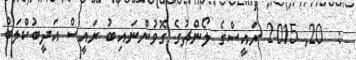
:  20